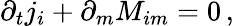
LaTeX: \partial_{t}j_{i}+\partial_{m}M_{im}=0\, ,